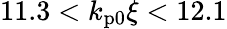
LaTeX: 11.3<k_{\mathrm{p0}}\xi<12.1